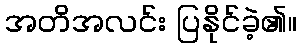
အတိအလင်း ပြနိုင်ခဲ့၏။